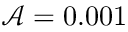
\mathcal { A } = 0 . 0 0 1